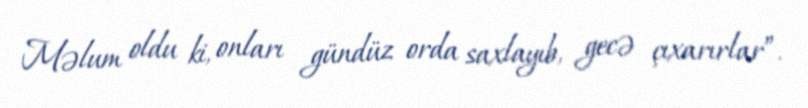
Məlum oldu ki, onları gündüz orda saxlayıb, gecə çıxarırlar”.